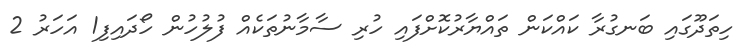
ހިތަދޫގައި ބަނގުރާ ކައްކަން ތައްޔާރުކޮށްފައި ހުރި ސާމާނުތަކެއް ފުލުހުން ހޯދައިފި1 އަހަރު 2